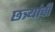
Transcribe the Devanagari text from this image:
छत्र्यांची